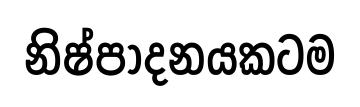
නිෂ්පාදනයකටම